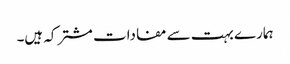
ہمارے بہت سے مفادات مشترکہ ہیں۔